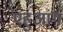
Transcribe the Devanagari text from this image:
एहुआंग